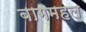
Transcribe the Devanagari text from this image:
बागमहल